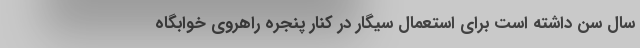
سال سن داشته است برای استعمال سیگار در کنار پنجره راهروی خوابگاه